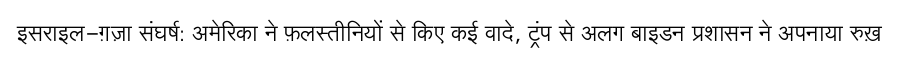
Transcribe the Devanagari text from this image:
इसराइल-ग़ज़ा संघर्ष: अमेरिका ने फ़लस्तीनियों से किए कई वादे, ट्रंप से अलग बाइडन प्रशासन ने अपनाया रुख़